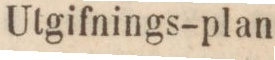
Utgifnings-plan